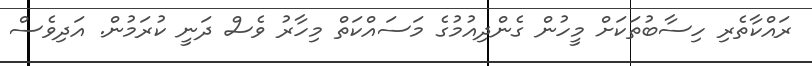
ރައްކާތެރި ހިސާބުތަކަށް މީހުން ގެންދިއުމުގެ މަސައްކަތް މިހާރު ވެސް ދަނީ ކުރަމުން. އަދިވެސް